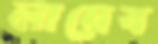
লায়েব